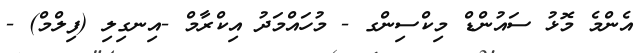
އެންމެ މޮޅު ސައުންޑް މިކްސިންގ - މުހައްމަދު އިކްރާމް -އިނގިލި (ފިލްމް) -